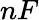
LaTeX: nF